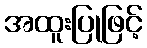
အထူးပြုဖြင့်